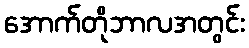
အောက်တိုဘာလအတွင်း